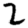
Digit: 2